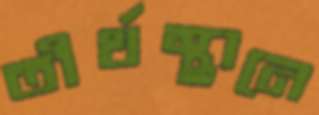
তীর্থস্থানে